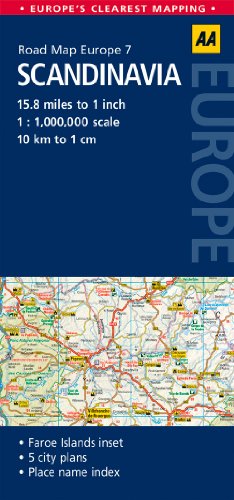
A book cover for Road Map Scandinavia (Road Map Europe); AA Publishing; Travel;